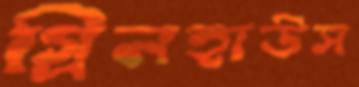
গ্রিনহাউস